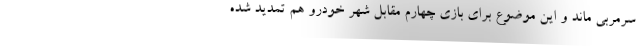
سرمربی ماند و این موضوع برای بازی چهارم مقابل شهر خودرو هم تمدید شده